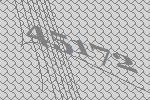
45172